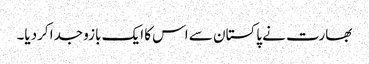
بھارت نے پاکستان سے اس کا ایک بازو جدا کردیا۔